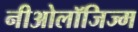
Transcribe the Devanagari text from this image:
नीओलॉजिज्म